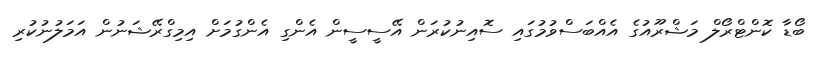
ބޯޑާ ކޮންޓްރޯލް މަޝްރޫއުގެ އެއްބަސްވުމުގައި ސޮއިނުކުރަން އޭސީސީން އެންގި އެންގުމަށް އިމިގްރޭޝަނުން އަމަލުނުކުރި